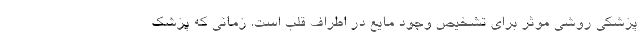
پزشکی روشی موثر برای تشخیص وجود مایع در اطراف قلب است. زمانی که پزشک